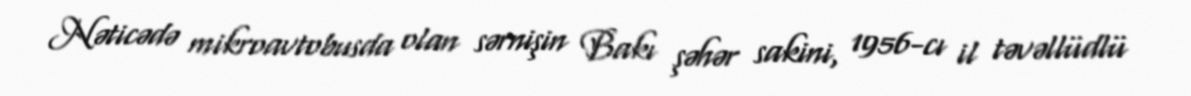
Nəticədə mikroavtobusda olan sərnişin Bakı şəhər sakini, 1956-cı il təvəllüdlü